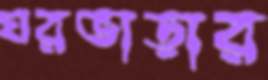
ঘরভাড়ার